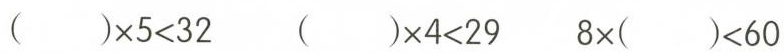
$$( ) \times 5 < 3 2$$ $$( ) \times 4 < 2 9$$ $$8 \times ( ) < 6 0$$